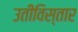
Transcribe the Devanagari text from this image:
उतीविस्तार